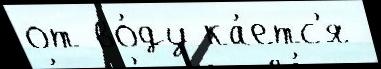
от во́ду ка́етс'я